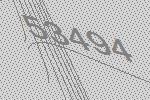
53494